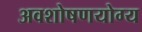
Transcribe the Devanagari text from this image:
अवशोषणयोग्य